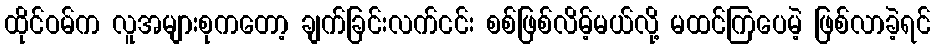
ထိုင်ဝမ်က လူအများစုကတော့ ချက်ခြင်းလက်ငင်း စစ်ဖြစ်လိမ့်မယ်လို့ မထင်ကြပေမဲ့ ဖြစ်လာခဲ့ရင်